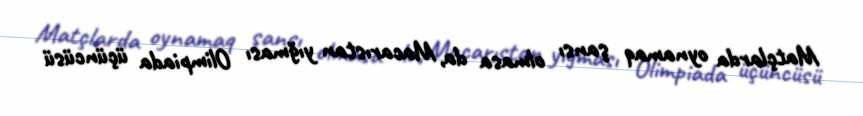
Matçlarda oynamaq şansı olmasa da, Macarıstan yığması Olimpiada üçüncüsü